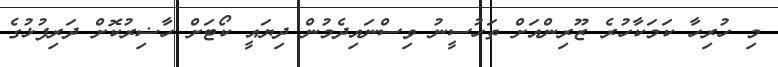
މި ހުރިހާ ކަމަކާހުރެ ޒޫރިންއަށް ތަހުސީނު ވިސްނައިދެމުން ދިޔައީ ކޯޓަށް ހާޟިރުކޮށް ދަރިފުޅުގެ